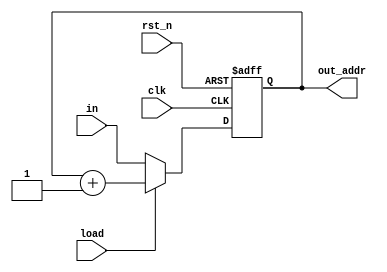
// Program counter (4-bit)

module PC(
    input clk,
    input rst_n,
    input wire [3:0] in,
    input wire [0:0] load,
    output wire [3:0] out_addr
    );
    
    reg [3:0] cnt = 4'b0000;
    
    always @ (posedge clk or negedge rst_n) begin
        if (!rst_n) begin
            cnt <= 4'b0000;
        end
        else if (load == 0) begin
            cnt <= in;
        end
        else begin
            cnt <= cnt + 1'b1;
        end
    end
    
    assign out_addr = cnt;
endmodule